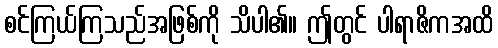
စင်ကြယ်ကြသည်အဖြစ်ကို သိပါ၏။ ဤတွင် ပါရာဇိကအထိ